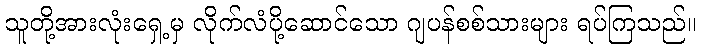
သူတို့အားလုံးရှေ့မှ လိုက်လံပို့ဆောင်သော ဂျပန်စစ်သားများ ရပ်ကြသည်။